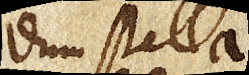
dum stella